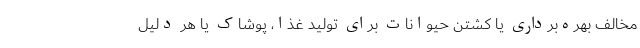
مخالف بهره‌برداری یا کشتن حیوانات برای تولید غذا، پوشاک یا هر دلیل